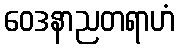
ဝေဒနာညတရာဟံ